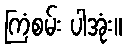
ကြံစမ်း ပါအုံး။